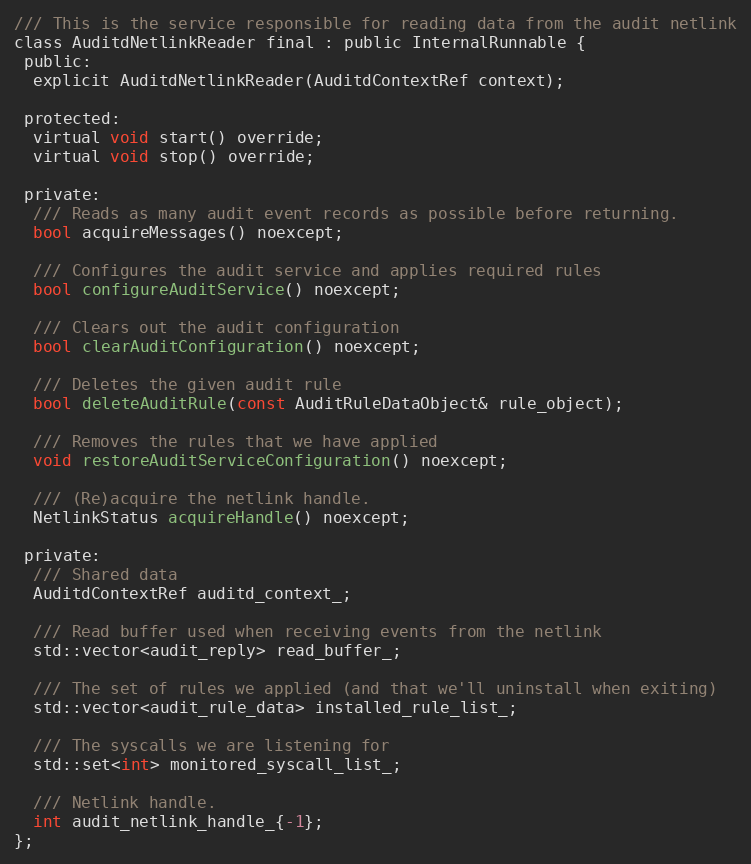
Language: C
/// This is the service responsible for reading data from the audit netlink
class AuditdNetlinkReader final : public InternalRunnable {
 public:
  explicit AuditdNetlinkReader(AuditdContextRef context);

 protected:
  virtual void start() override;
  virtual void stop() override;

 private:
  /// Reads as many audit event records as possible before returning.
  bool acquireMessages() noexcept;

  /// Configures the audit service and applies required rules
  bool configureAuditService() noexcept;

  /// Clears out the audit configuration
  bool clearAuditConfiguration() noexcept;

  /// Deletes the given audit rule
  bool deleteAuditRule(const AuditRuleDataObject& rule_object);

  /// Removes the rules that we have applied
  void restoreAuditServiceConfiguration() noexcept;

  /// (Re)acquire the netlink handle.
  NetlinkStatus acquireHandle() noexcept;

 private:
  /// Shared data
  AuditdContextRef auditd_context_;

  /// Read buffer used when receiving events from the netlink
  std::vector<audit_reply> read_buffer_;

  /// The set of rules we applied (and that we'll uninstall when exiting)
  std::vector<audit_rule_data> installed_rule_list_;

  /// The syscalls we are listening for
  std::set<int> monitored_syscall_list_;

  /// Netlink handle.
  int audit_netlink_handle_{-1};
};